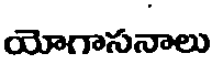
యోగాసనాలు